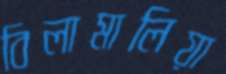
বিলামালিয়া